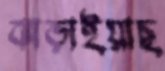
ঝাড়াইয়াছ